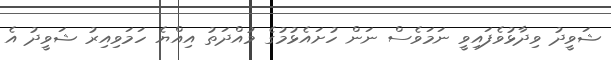
ޝަވީދު ވިދާޅުވެފައިވީ ނަމަވެސް ނަން ހުށައެޅުމުގެ މުއްދަތު އިއްޔެ ހަމަވިއިރު ޝަވީދު އެ